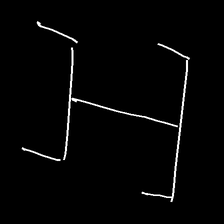
Glyph: entwine